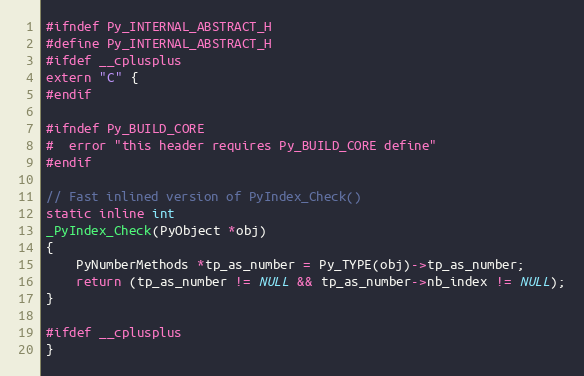
Language: C
#ifndef Py_INTERNAL_ABSTRACT_H
#define Py_INTERNAL_ABSTRACT_H
#ifdef __cplusplus
extern "C" {
#endif

#ifndef Py_BUILD_CORE
#  error "this header requires Py_BUILD_CORE define"
#endif

// Fast inlined version of PyIndex_Check()
static inline int
_PyIndex_Check(PyObject *obj)
{
    PyNumberMethods *tp_as_number = Py_TYPE(obj)->tp_as_number;
    return (tp_as_number != NULL && tp_as_number->nb_index != NULL);
}

#ifdef __cplusplus
}